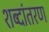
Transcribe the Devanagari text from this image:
शब्दांतरण